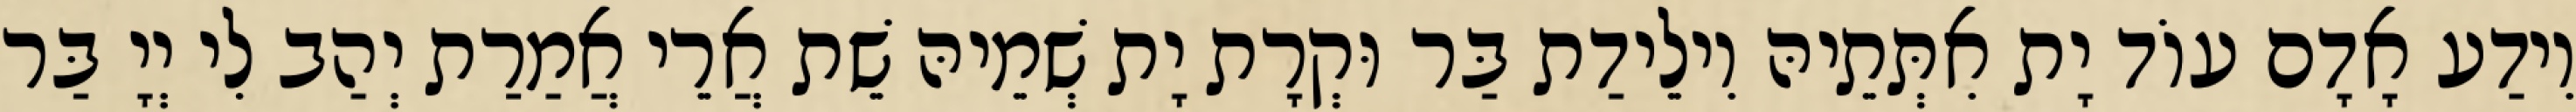
וִידַע אָדָם עוֹד יָת אִתְּתֵיהּ וִילֵידַת בַּר וּקְרָת יָת שְׁמֵיהּ שֵׁת אֲרֵי אֲמַרַת יְהַב לִי יְיָ בַּר